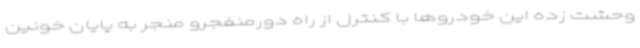
وحشت زده این خودروها با کنترل از راه دورمنفجرو منجر به پایان خونین